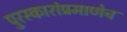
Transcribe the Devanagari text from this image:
पुरस्कारांप्रमाणेच